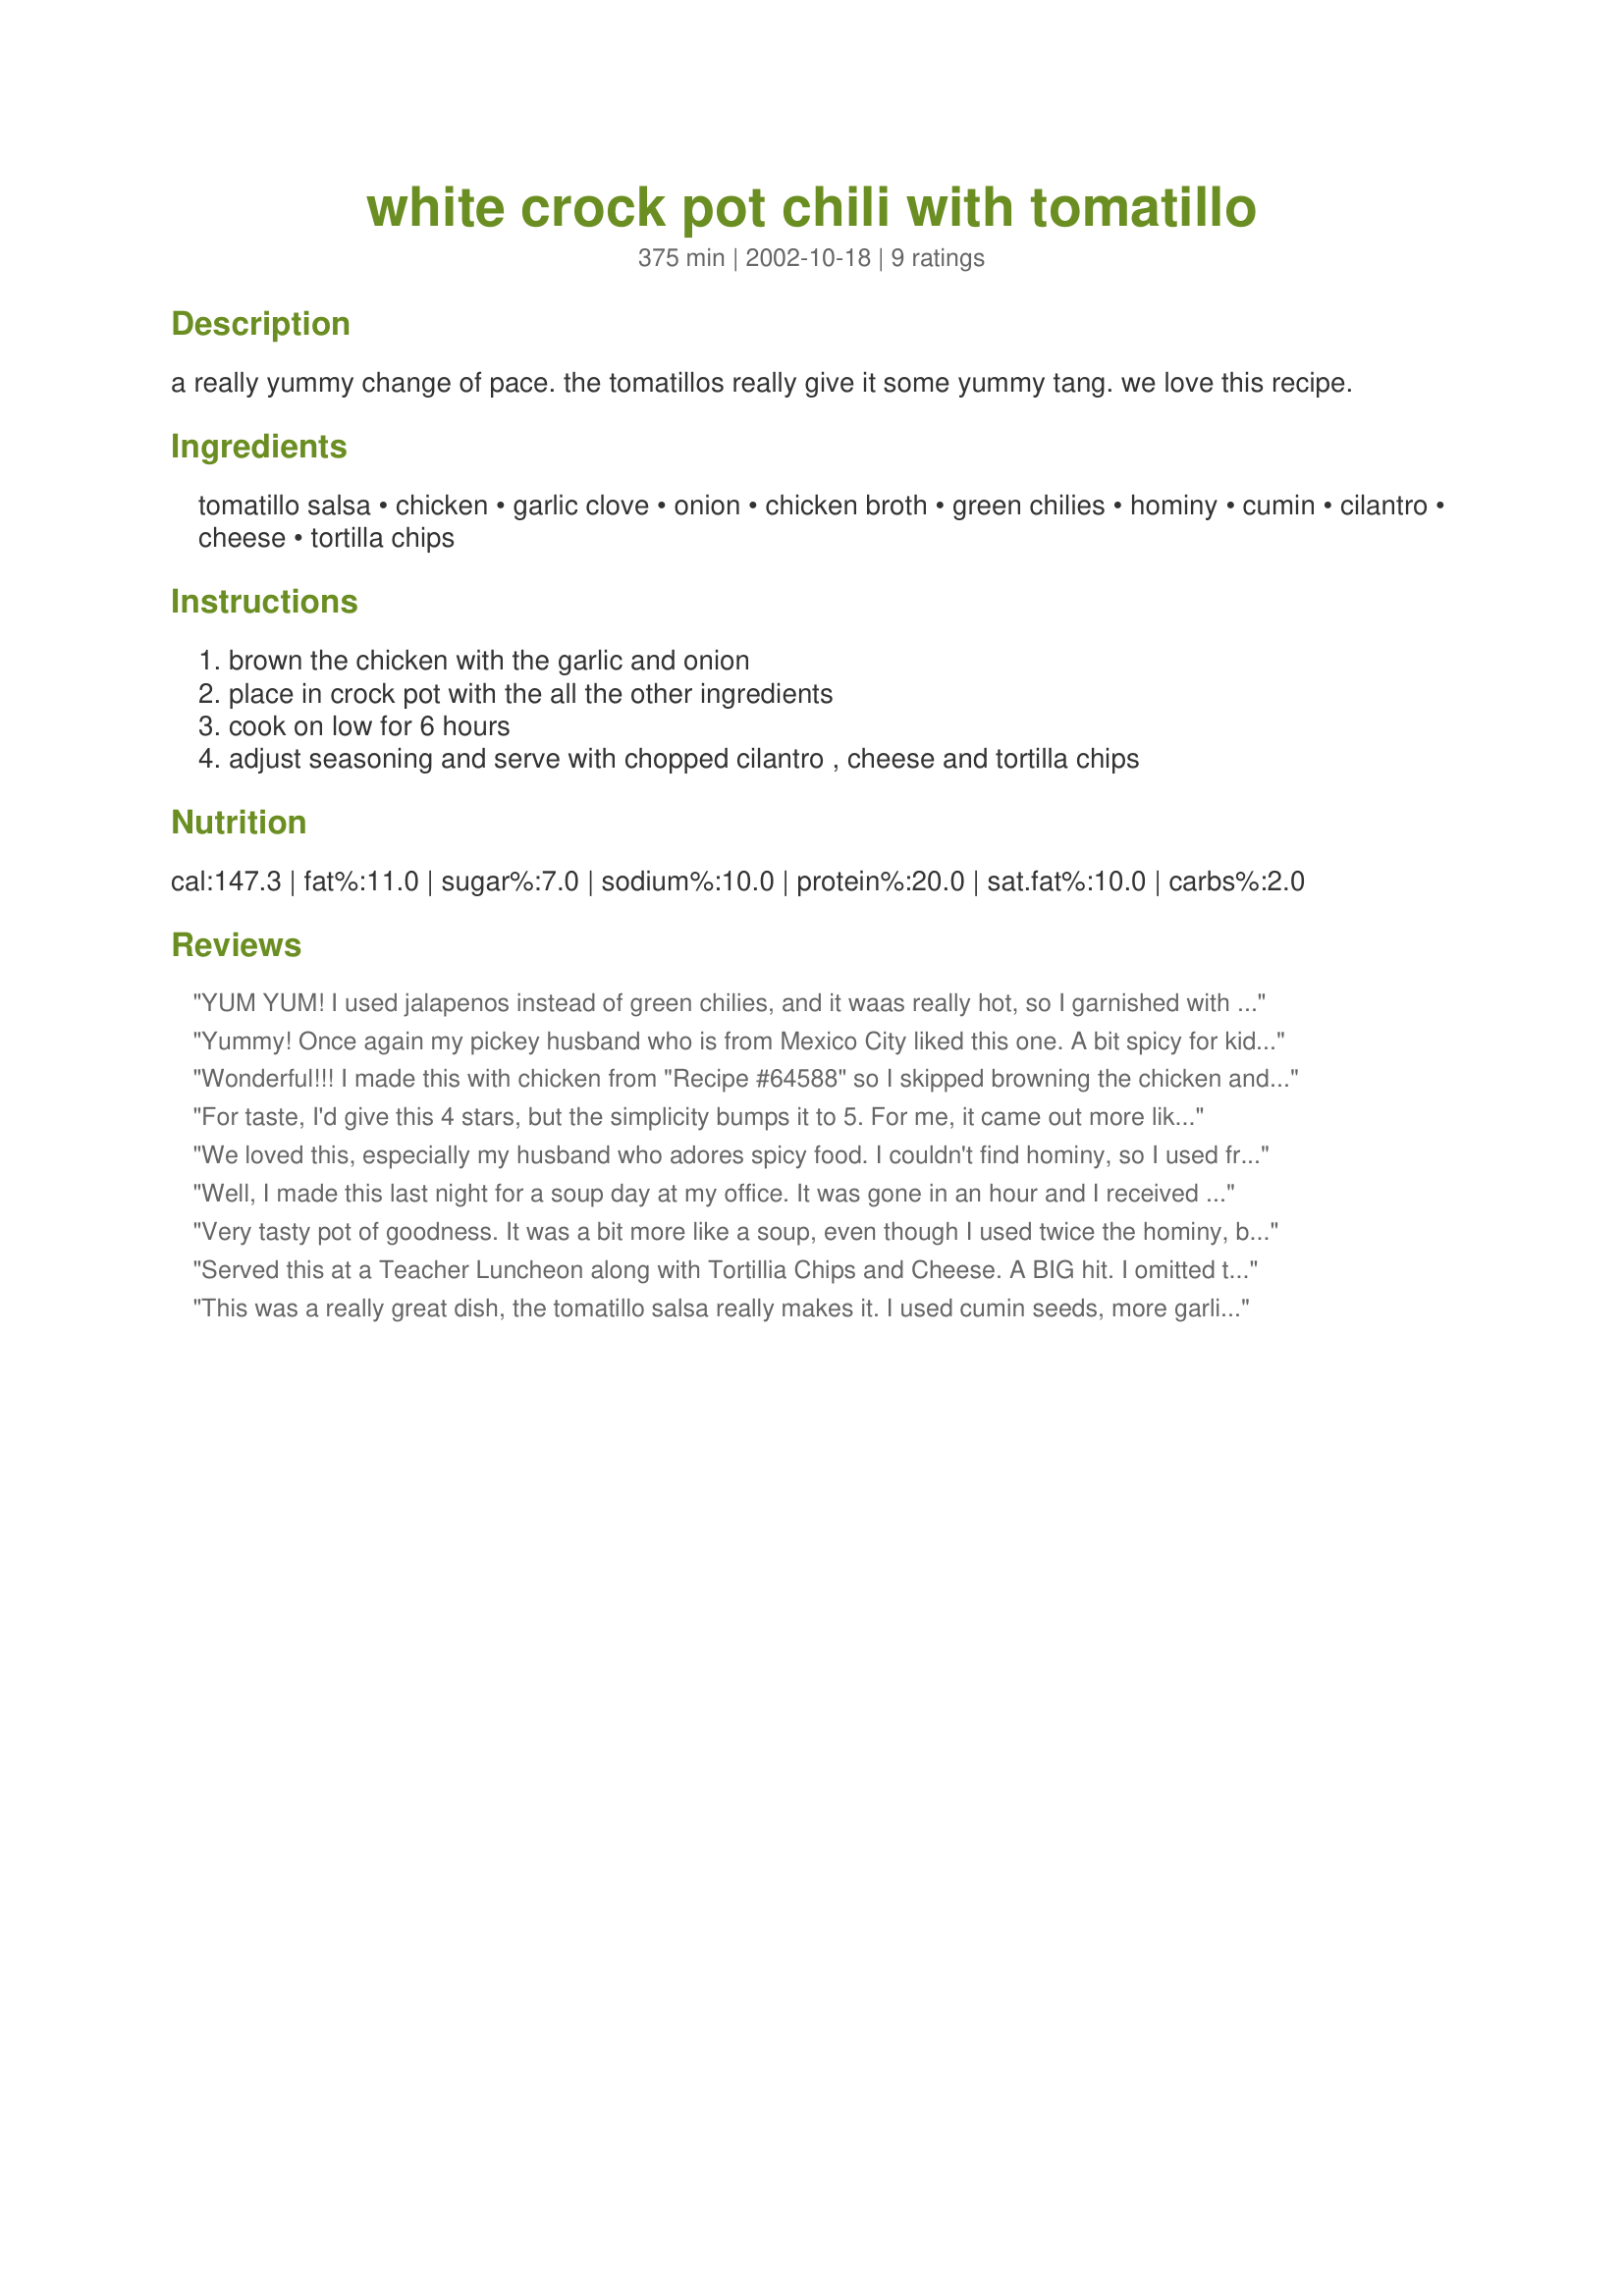
white crock pot chili with tomatillo
Preparation time: 375 minutes

a really yummy change of pace. the tomatillos really give it some yummy tang. we love this recipe.

Ingredients:
tomatillo salsa, chicken, garlic clove, onion, chicken broth, green chilies, hominy, cumin, cilantro, cheese, tortilla chips

Steps:
brown the chicken with the garlic and onion, place in crock pot with the all the other ingredients, cook on low for 6 hours, adjust seasoning and serve with chopped cilantro , cheese and tortilla chips

Reviews:
YUM YUM! I used jalapenos instead of green chilies, and it waas really hot, so I garnished with lots of sour cream. I do think the recipe makes more like 5 servings than 10. This is a keeper!
Yummy! Once again my pickey husband who is from Mexico City liked this one. A bit spicy for kids, but we sure liked it. A keeper it is. Low fat, just my style. Reminds me a bit of Mexican Pozole.
Wonderful!!! I made this with chicken from "Recipe #64588" so I skipped browning the chicken and I also added a can of white beans because I like them. This is incredibly easy and most delicious.
For taste, I'd give this 4 stars, but the simplicity bumps it to 5. For me, it came out more like a soup than a chili, but was a hit nonetheless. For the cumin, I used ground not whole since the recipe didn't specify. I also used fat-free, low sodium chicken broth. For the green chilies, I used the diced. I diced the chicken as suggested, but shredded would have more visual appeal. Will definitely make again.
We loved this, especially my husband who adores spicy food. I couldn't find hominy, so I used frozen corn. I used ground pork instead of chicken, though I more or less kept the pork in "diced" portions. Also opted for the jalepenos. This is a definite keeper. Can't wait to find the hominy. Thanks!
Well, I made this last night for a soup day at my office. It was gone in an hour and I received 2 "outstanding" compliments! This recipe's definitely a keeper- thanks!
Very tasty pot of goodness. It was a bit more like a soup, even though I used twice the hominy, but that's ok by me. I did add a squeeze of lime juice, just for a little extra zip. Mine was done in about 4 1/2 hours, but I did make it in the big crockpot, probably could have made twice more in that.
Served this at a Teacher Luncheon along with Tortillia Chips and Cheese. A BIG hit. I omitted the Hominy. The Green Tomatillia salsa adds lots of flavor! EASY and GOOD! Loved that I could take and serve in the Crock Pot too!
This was a really great dish, the tomatillo salsa really makes it. I used cumin seeds, more garlic, and doubled the hominy (only because they don't sell small cans where we live). This is so good, you don't need any toppings. We ate this as an entree and it served 5 - instead of 10.
